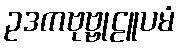
ဥဒကဗုဗ္ဗုဠူပမံ